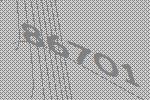
86701